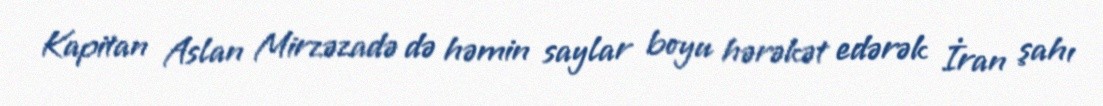
Kapitan Aslan Mirzəzadə də həmin saylar boyu hərəkət edərək İran şahı